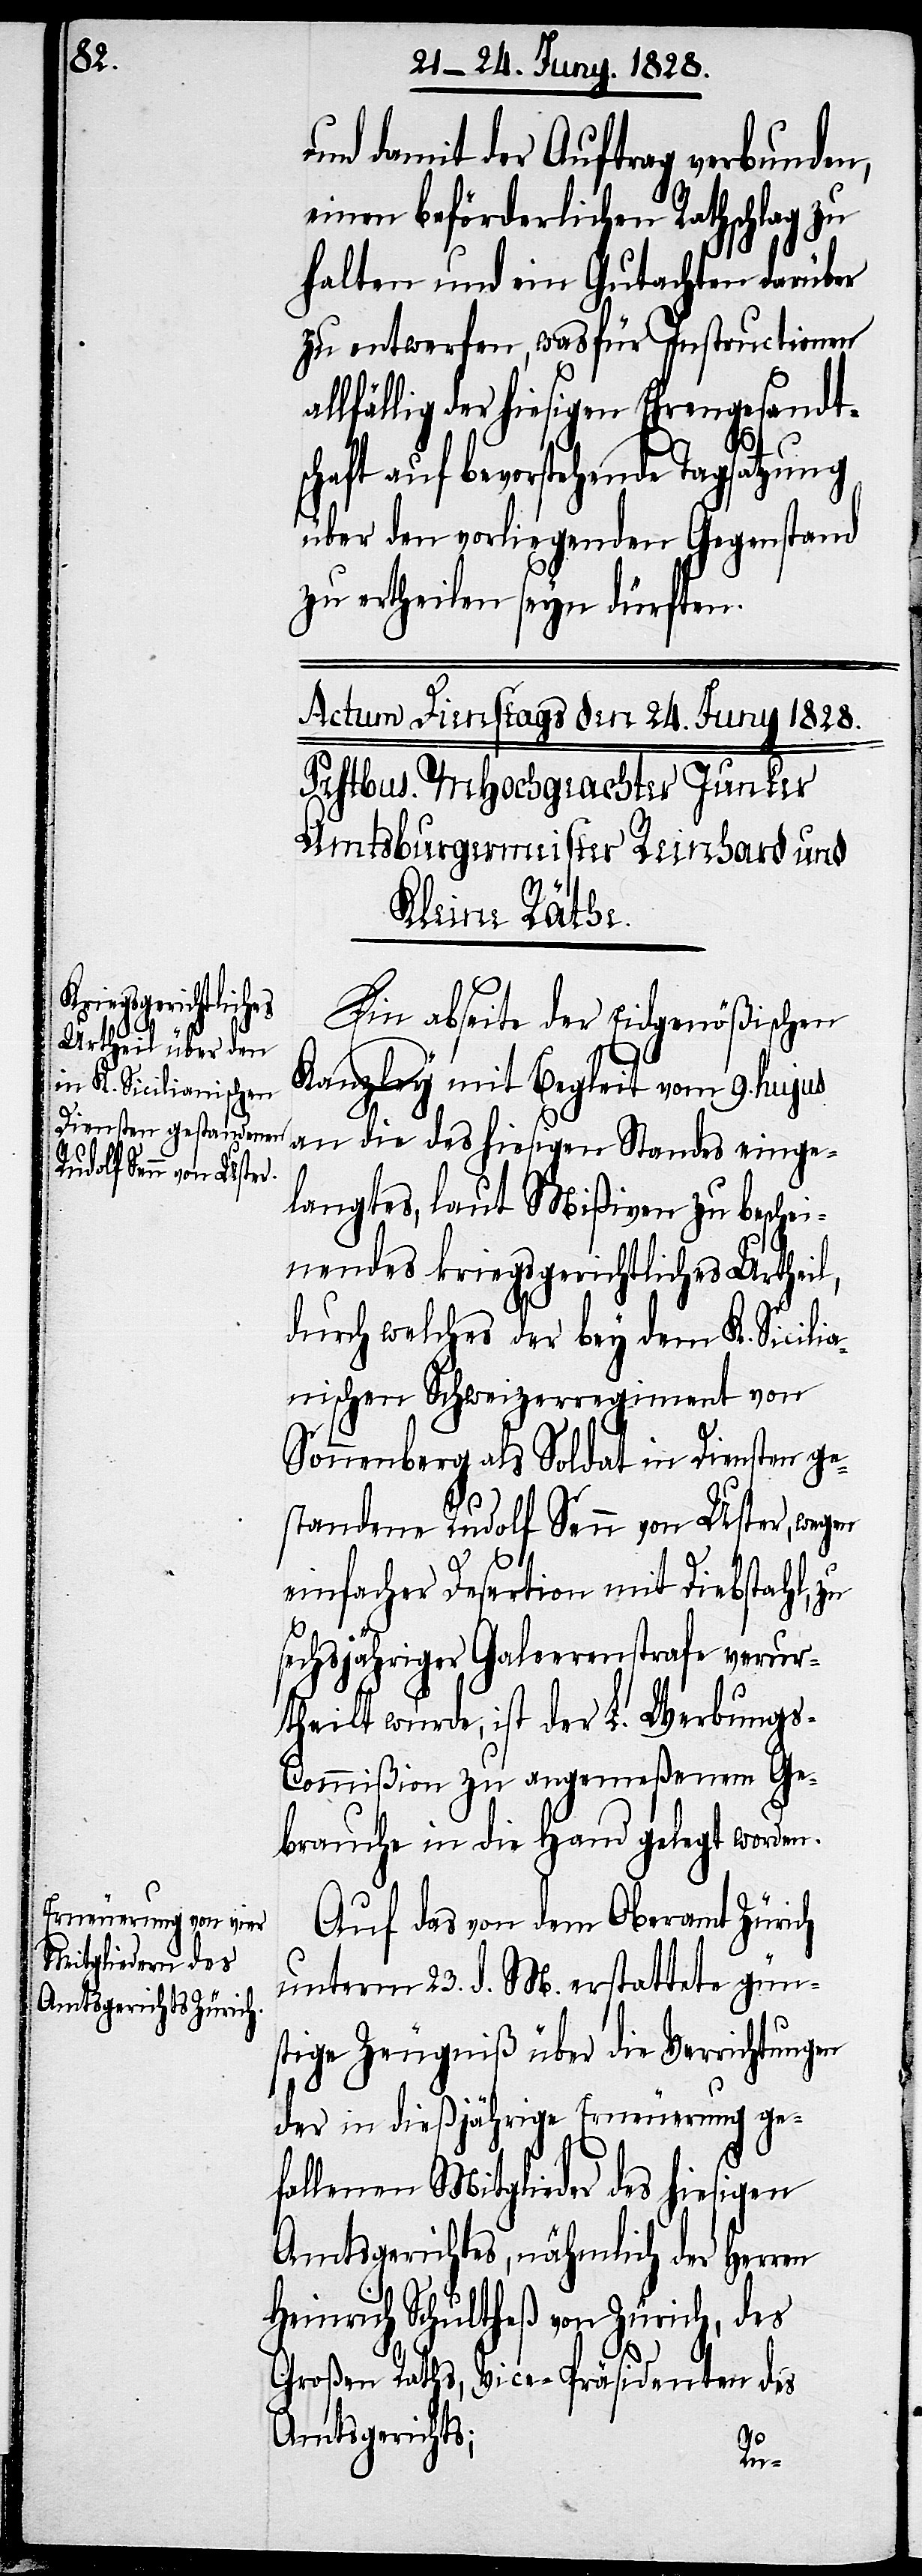
und damit der Auftrag verbunden,
einen beförderlichen Rathschlag zu
halten und ein Gutachten darüber
zu entwerfen, was für Instructionen
allfällig der hiesigen Ehrengesandt¬
schaft auf bevorstehende Tagsatzung
über den vorliegenden Gegenstand
zu ertheilen seyn dürften.
Ein abseite der Eidgenößischen
Kanzley mit Begleit vom 9. hujus
an die des hiesigen Standes einge¬
langtes, laut Mißiven zu besche¬
inendes kriegsgerichtliches Urtheil,
durch welches der bey dem K. Sicilia¬
nischen Schweizerregiment von
Sonnenberg als Soldat in Diensten ge¬
standene Rudolf Senn von Uster, wegen
einfacher Desertion mit Diebstahl, zu
sechsjähriger Galeerenstrafe verur¬
theilt wurde, ist der L. Werbung¬
s-Commißion zu angemeßenem Ge¬
brauche in die Hand gelegt worden.
Auf das von dem Oberamt Zürich
unterm 23. d. M. erstattete gün¬
stige Zeugniß über die Verrichtungen
der in dießjährige Erneuerung ge¬
fallenen Mitglieder des hiesigen
Amtsgerichtes, nähmlich der Herren
Heinrich Schultheß von Zürich, des
Großen Raths, Vice-Präsidenten des
Amtsgerichts;